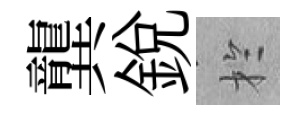
龔銳扵